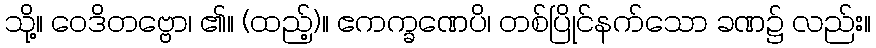
သို့။ ဝေဒိတဗ္ဗော၊ ၏။ (ထည့်)။ ဧကက္ခဏေပိ၊ တစ်ပြိုင်နက်သော ခဏ၌ လည်း။